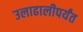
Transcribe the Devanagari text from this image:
उलाढालीपर्यंत